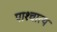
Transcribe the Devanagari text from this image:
पाश्‍चात्‍य